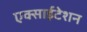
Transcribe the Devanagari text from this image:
एक्साईटेशन